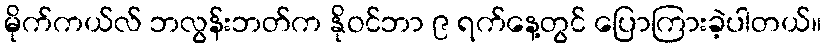
မိုက်ကယ်လ် ဘလွန်းဘတ်က နိုဝင်ဘာ ၉ ရက်နေ့တွင် ပြောကြားခဲ့ပါတယ်။